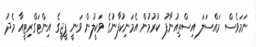
ނަމަވެސް މައްސަލަ އިސްތިއުނާފު ކުރުމުން އެމަނިކުފާނުގެ ވަކީލުން ވަނީ ޕީޖީގެ އިންޓަގްރިޓީއާ މެދު